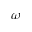
\boldsymbol { \omega }